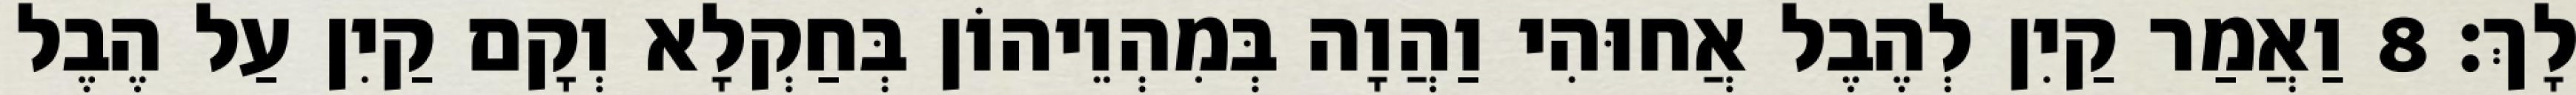
לָךְ׃ 8 וַאֲמַר קַיִן לְהֶבֶל אֲחוּהִי וַהֲוָה בְּמִהְוֵיהוֹן בְּחַקְלָא וְקָם קַיִן עַל הֶבֶל